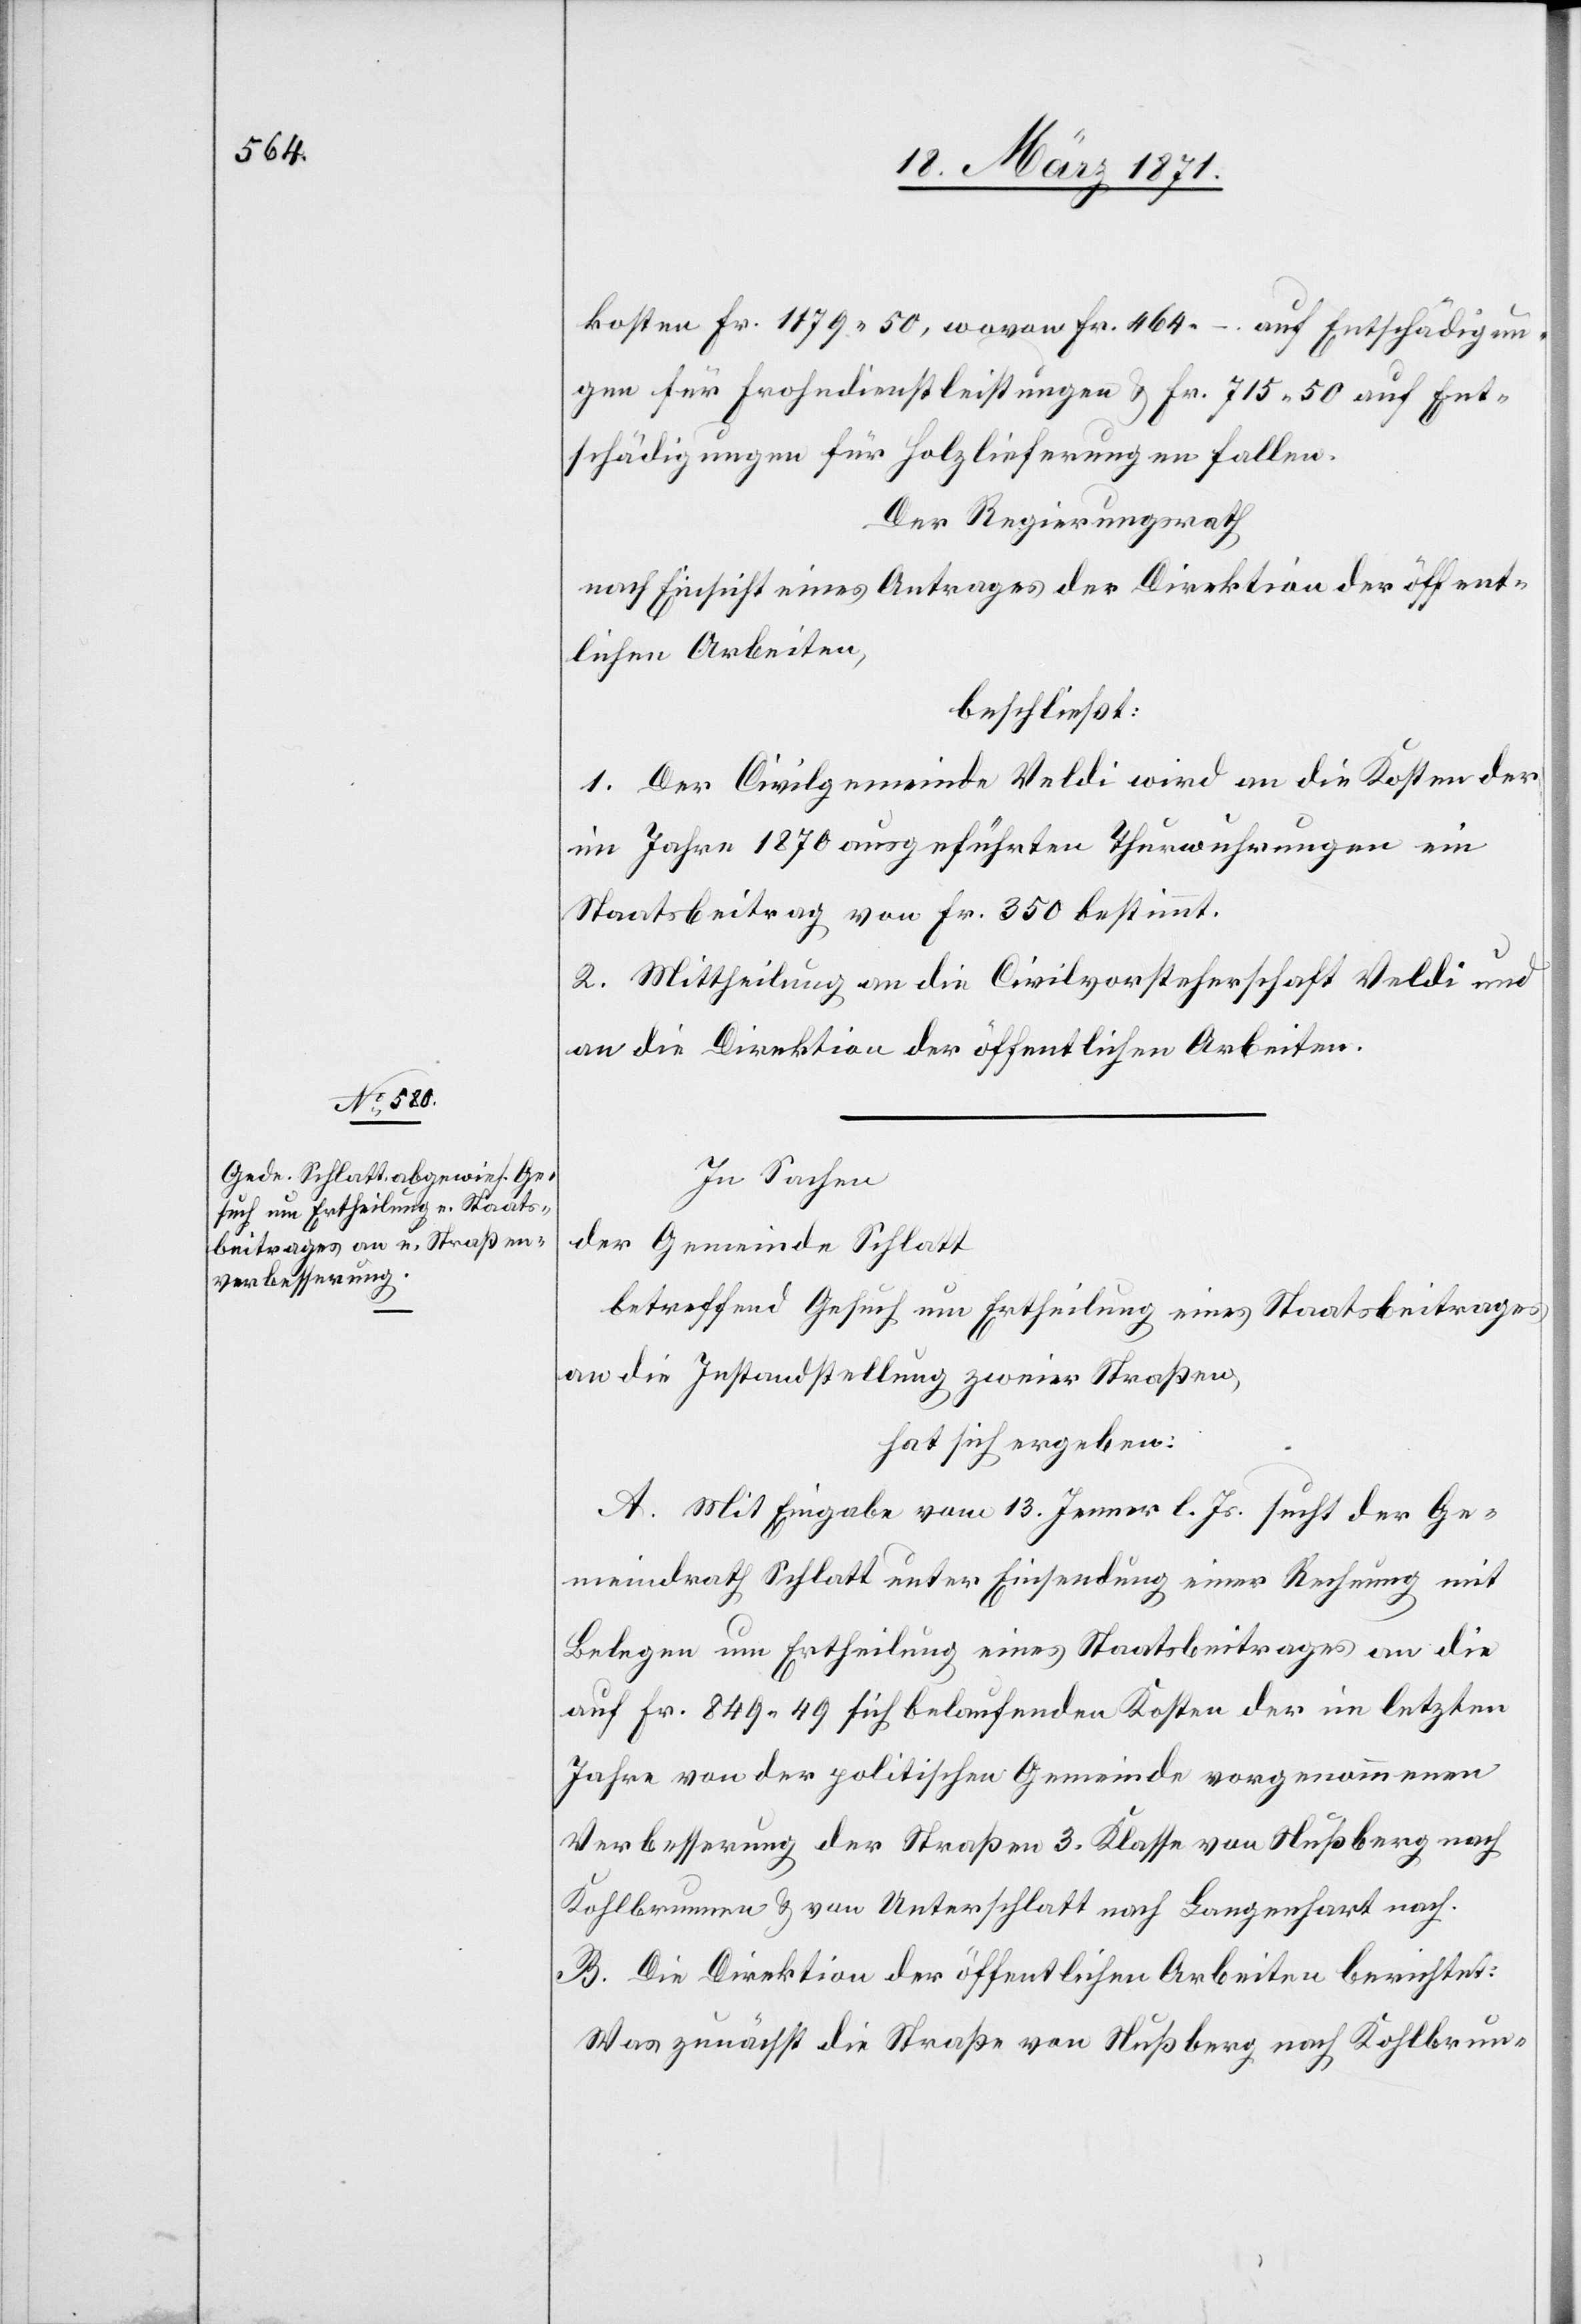
kosten Fr. 1179.50, wovon Fr. 464.– auf Entschädigun¬
gen für Frohndienstleistungen u. Fr. 715.50 auf Ent¬
schädigungen für Holzlieferungen fallen.
Der Regierungsrath
nach Einsicht eines Antrages der Direktion der öffent¬
lichen Arbeiten,
beschließt:
1. Der Civilgemeinde Veldi wird an die Kosten der
im Jahre 1870 ausgeführten Thurwuhrungen ein
Staatsbeitrag von Fr. 350 bestimmt.
2. Mittheilung an die Civilvorsteherschaft Veldi und
an die Direktion der öffentlichen Arbeiten.
In Sachen
der Gemeinde Schlatt
betreffend Gesuch um Ertheilung eines Staatsbeitrages
an die Instandstellung zweier Straßen,
hat sich ergeben:
A. Mit Eingabe vom 13. Jenner l. Js. sucht der Ge¬
meindrath Schlatt unter Einsendung einer Rechnung mit
Belegen um Ertheilung eines Staatsbeitrages an die
auf Fr. 849.49 sich belaufenden Kosten der im letzten
Jahre von der politischen Gemeinde vorgenommenen
Verbesserung der Straßen 3. Klasse von Nußberg nach
Kohlbrunnen u. von Unterschlatt nach Langenhart nach.
B. Die Direktion der öffentlichen Arbeiten berichtet:
Was zunächst die Straße von Nußberg nach Kohlbrun-